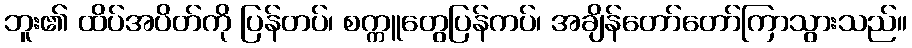
ဘူး၏ ထိပ်အပိတ်ကို ပြန်တပ်၊ စက္ကူတွေပြန်ကပ်၊ အချိန်တော်တော်ကြာသွားသည်။